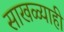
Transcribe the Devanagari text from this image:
साखळ्याही